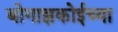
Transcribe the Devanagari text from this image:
बोगाझकोईच्या